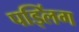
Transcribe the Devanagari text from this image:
पड्लिंग